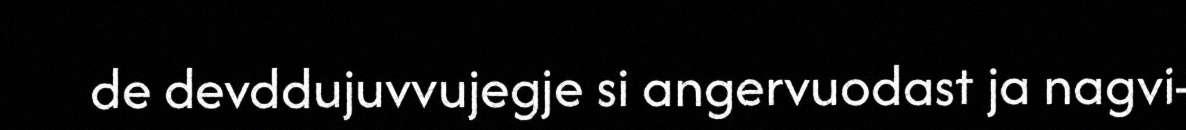
de devddujuvvujegje si angervuodast ja nagvi-